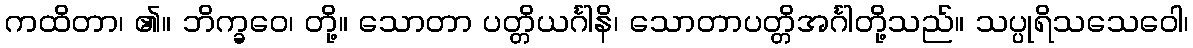
ကထိတာ၊ ၏။ ဘိက္ခဝေ၊ တို့။ သောတာ ပတ္တိယင်္ဂါနိ၊ သောတာပတ္တိအင်္ဂါတို့သည်။ သပ္ပုရိသသေဝေါ၊